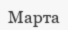
Марта